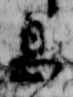
息